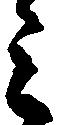
三